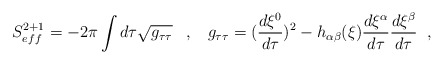
\begin{align*} S_{eff}^{2+1}=-2\pi \int d\tau \sqrt{ g_{\tau\tau} } \;\;\;,\;\;\; g_{\tau\tau}=(\frac{d\xi^{0}}{d\tau})^{2} -h_{\alpha\beta}(\xi) \frac{d\xi^{\alpha}}{d\tau} \frac{d\xi^{\beta}}{d\tau} \;\;,\end{align*}